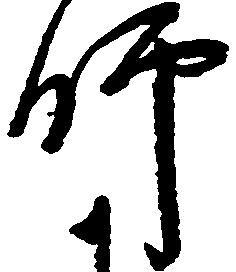
師